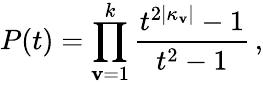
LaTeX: P(t)=\prod_{\mathbf{v}=1}^{k}\frac{{t^{2|\kappa_{\mathbf{v}}|}-1}}{{t^{2}-1}}\, ,